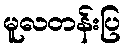
မူလတန်းပြ